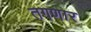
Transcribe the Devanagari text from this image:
तगणार